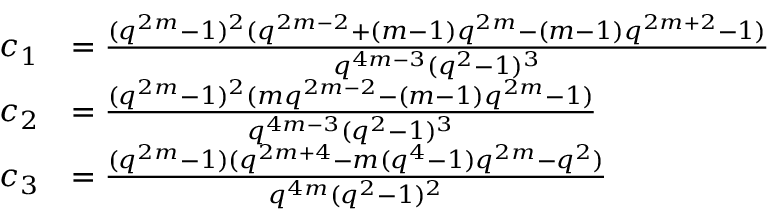
\begin{array} { r l } { c _ { 1 } } & { = \frac { ( q ^ { 2 m } - 1 ) ^ { 2 } ( q ^ { 2 m - 2 } + ( m - 1 ) q ^ { 2 m } - ( m - 1 ) q ^ { 2 m + 2 } - 1 ) } { q ^ { 4 m - 3 } ( q ^ { 2 } - 1 ) ^ { 3 } } } \\ { c _ { 2 } } & { = \frac { ( q ^ { 2 m } - 1 ) ^ { 2 } ( m q ^ { 2 m - 2 } - ( m - 1 ) q ^ { 2 m } - 1 ) } { q ^ { 4 m - 3 } ( q ^ { 2 } - 1 ) ^ { 3 } } } \\ { c _ { 3 } } & { = \frac { ( q ^ { 2 m } - 1 ) ( q ^ { 2 m + 4 } - m ( q ^ { 4 } - 1 ) q ^ { 2 m } - q ^ { 2 } ) } { q ^ { 4 m } ( q ^ { 2 } - 1 ) ^ { 2 } } } \end{array}